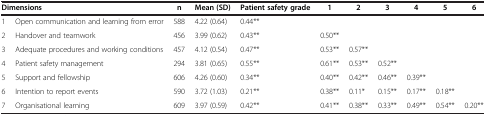
<table><thead><tr><td colspan="2"><b>Dimensions</b></td><td><b>n</b></td><td><b>Mean (SD)</b></td><td><b>Patient safety grade</b></td><td><b>1</b></td><td><b>2</b></td><td><b>3</b></td><td><b>4</b></td><td><b>5</b></td><td><b>6</b></td></tr></thead><tbody><tr><td>1</td><td>Open communication and learning from error</td><td>588</td><td>4.22 (0.64)</td><td>0.44**</td><td> </td><td> </td><td> </td><td> </td><td> </td><td> </td></tr><tr><td>2</td><td>Handover and teamwork</td><td>456</td><td>3.99 (0.62)</td><td>0.43**</td><td>0.50**</td><td> </td><td> </td><td> </td><td> </td><td> </td></tr><tr><td>3</td><td>Adequate procedures and working conditions</td><td>457</td><td>4.12 (0.54)</td><td>0.47**</td><td>0.53**</td><td>0.57**</td><td> </td><td> </td><td> </td><td> </td></tr><tr><td>4</td><td>Patient safety management</td><td>294</td><td>3.81 (0.65)</td><td>0.55**</td><td>0.61**</td><td>0.53**</td><td>0.52**</td><td> </td><td> </td><td> </td></tr><tr><td>5</td><td>Support and fellowship</td><td>606</td><td>4.26 (0.60)</td><td>0.34**</td><td>0.40**</td><td>0.42**</td><td>0.46**</td><td>0.39**</td><td> </td><td> </td></tr><tr><td>6</td><td>Intention to report events</td><td>590</td><td>3.72 (1.03)</td><td>0.21**</td><td>0.38**</td><td>0.11*</td><td>0.15**</td><td>0.17**</td><td>0.18**</td><td> </td></tr><tr><td>7</td><td>Organisational learning</td><td>609</td><td>3.97 (0.59)</td><td>0.42**</td><td>0.41**</td><td>0.38**</td><td>0.33**</td><td>0.49**</td><td>0.54**</td><td>0.20**</td></tr></tbody></table>